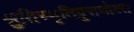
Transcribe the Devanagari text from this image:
श्रुतिस्मृतिपुराणोक्त